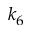
k _ { 6 }